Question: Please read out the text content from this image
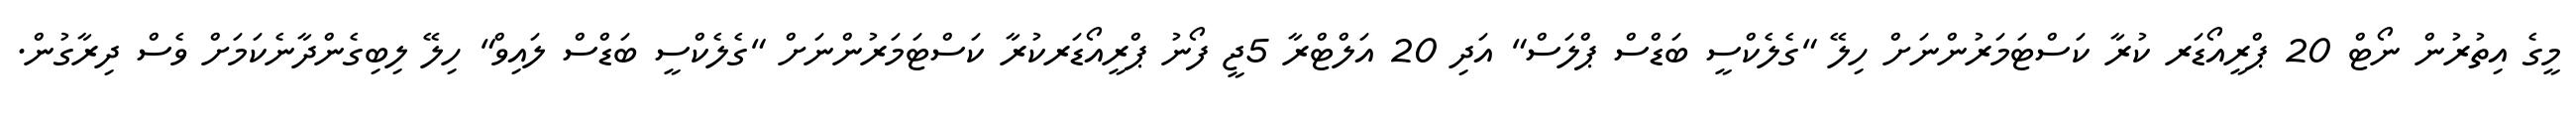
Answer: މީގެ އިތުރުން ނޯޓް 20 ޕްރީއޯޑަރ ކުރާ ކަސްޓަމަރުންނަށް ހިލޭ "ގެލެކްސީ ބަޑްސް ޕްލަސް" އަދި 20 އަލްޓްރާ 5ޖީ ފޯނު ޕްރީއޯޑަރކުރާ ކަސްޓަމަރުންނަށް "ގެލެކްސީ ބަޑްސް ލައިވް" ހިލޭ ލިބިގެންދާނެކަމަށް ވެސް ދިރާގުން.